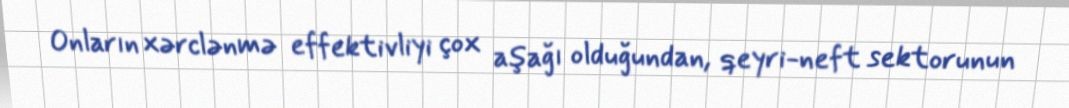
Onların xərclənmə effektivliyi çox aşağı olduğundan, qeyri-neft sektorunun